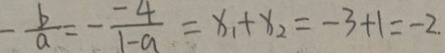
- \frac { b } { a } = - \frac { - 4 } { 1 - a } = x _ { 1 } + x _ { 2 } = - 3 + 1 = - 2